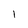
Character: l